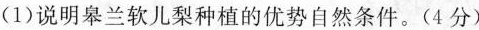
(1)说明皋兰软儿梨种植的优势自然条件。(4分)